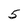
Character: 5